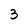
Character: 3